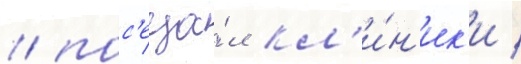
/ пос'еща́л кл'и́н'ик'и /